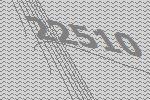
22510